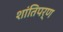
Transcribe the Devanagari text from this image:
शांतिपर्ण